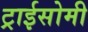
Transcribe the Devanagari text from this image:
ट्राईसोमी